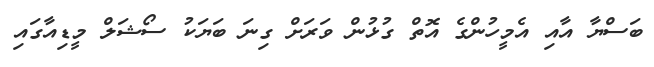
ބަސްޔާ އާއި އެމީހުންގެ އޮތް ގުޅުން ވަރަށް ގިނަ ބަޔަކު ސޯޝަލް މީޑިއާގައި